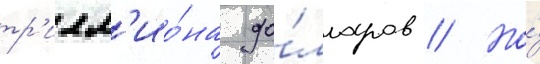
тр'илл'ио́на до́лларов // Но́